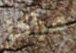
مراكز